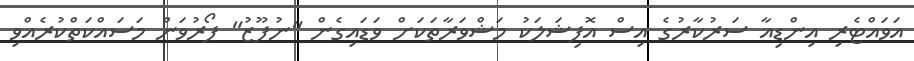
އަވައްޓެރި އިންޑިއާ ސަރުކާރުގެ އިސް އޮފިޝަލަކު މަޝްވަރާތަކަށް ވަޑައިގެން "ނުފޫޒު" ފޯރުވަން މަސައްކަތްކުރެއްވި